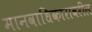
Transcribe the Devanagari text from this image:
मानवाधिकारावरील